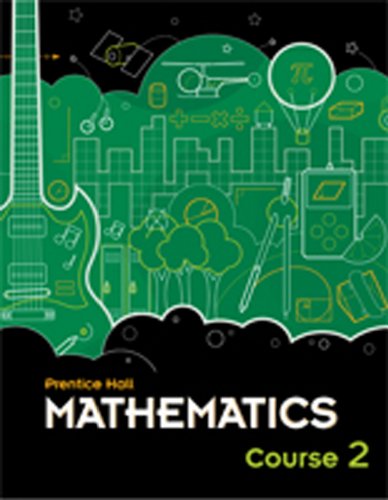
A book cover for Prentice Hall Mathematics, Course 2; PRENTICE HALL; Science & Math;